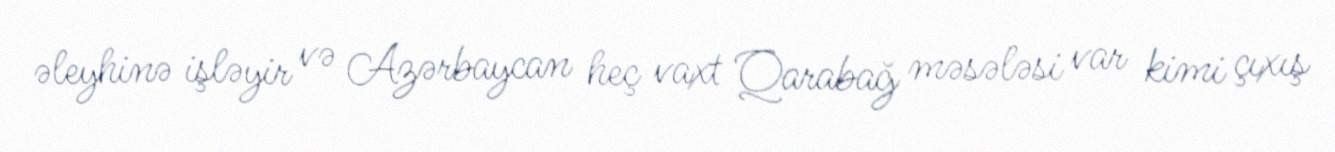
əleyhinə işləyir və Azərbaycan heç vaxt Qarabağ məsələsi var kimi çıxış